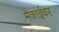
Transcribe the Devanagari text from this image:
मेकाईवर